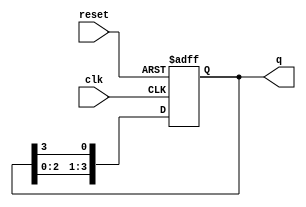
module ring_counter(
    input wire clk,
    input wire reset,
    output reg [3:0] q
);

always @ (posedge clk or posedge reset) begin
    if (reset) begin
        q <= 4'b0001;
    end else begin
        q <= {q[2:0], q[3]};
    end
end

endmodule